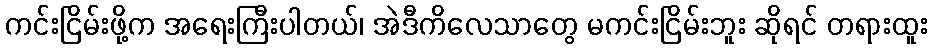
ကင်းငြိမ်းဖို့က အရေးကြီးပါတယ်၊ အဲဒီကိလေသာတွေ မကင်းငြိမ်းဘူး ဆိုရင် တရားထူး